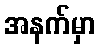
အနက်မှာ